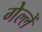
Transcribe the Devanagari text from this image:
गेल्लें